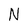
Character: N